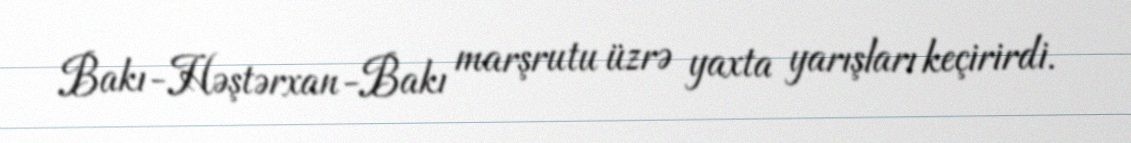
Bakı-Həştərxan-Bakı marşrutu üzrə yaxta yarışları keçirirdi.